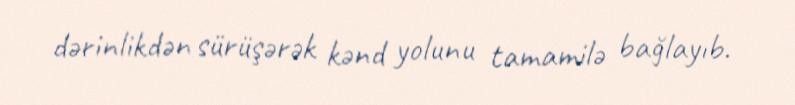
dərinlikdən sürüşərək kənd yolunu tamamilə bağlayıb.